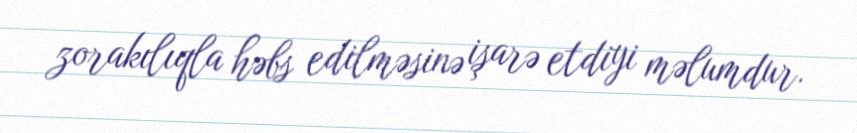
zorakılıqla həbs edilməsinə işarə etdiyi məlumdur.